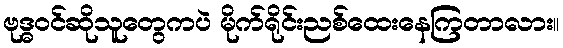
ဗုဒ္ဓဝင်ဆိုသူတွေကပဲ မိုက်ရိုင်းညစ်ထေးနေကြတာလား။